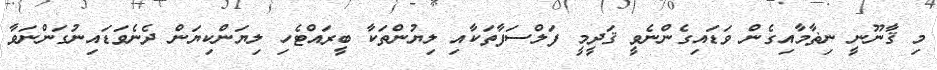
މި ޤާނޫނީ ނިޡާމާއިގެން ވަޑައިގެންނެވީ ޤަދީމީ ފަލްސަފާތަކާއި ލިޔުންތަކާ ބީރައްޓެހި ލިޔަންކިޔަން ދެނެވަޑައިނުގަންނަވާ